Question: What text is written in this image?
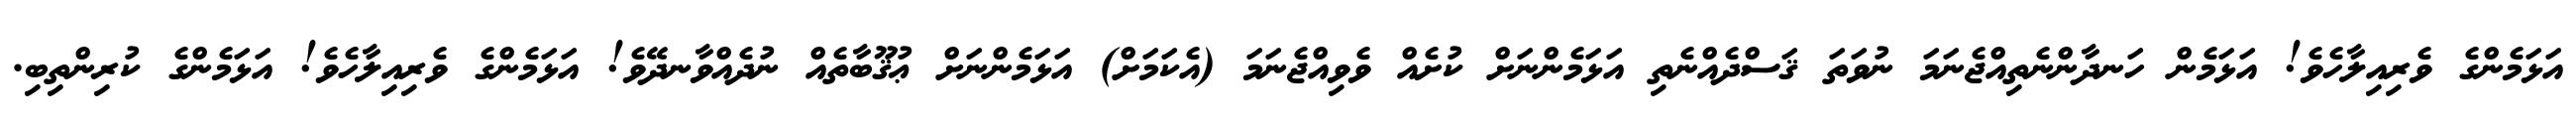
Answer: އަޅަމެންގެ ވެރިއިލާހެވެ! އަޅަމެން ހަނދާންނެތިއްޖެނަމަ ނުވަތަ ޤަސްދެއްނެތި އަޅަމެންނަށް ކުށެއް ވެވިއްޖެނަމަ (އެކަމަށް) އަޅަމެންނަށް ޢުޤޫބާތެއް ނުދެއްވާނދޭވެ! އަޅަމެންގެ ވެރިއިލާހެވެ! އަޅަމެންގެ ކުރިންތިބި.